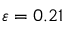
\varepsilon = 0 . 2 1